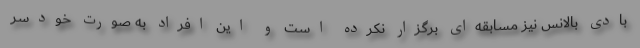
بادی بالانس نیز مسابقه‌ای برگزار نکرده است و این افراد به صورت خودسر